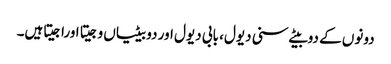
دونوں کے دوبیٹے سنی دیول، بابی دیول اور دو بیٹیاں وجیتا اوراجیتاہیں۔